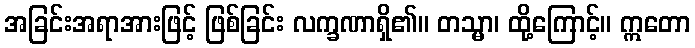
အခြင်းအရာအားဖြင့် ဖြစ်ခြင်း လက္ခဏာရှိ၏။ တသ္မာ၊ ထို့ကြောင့်။ ဣတော